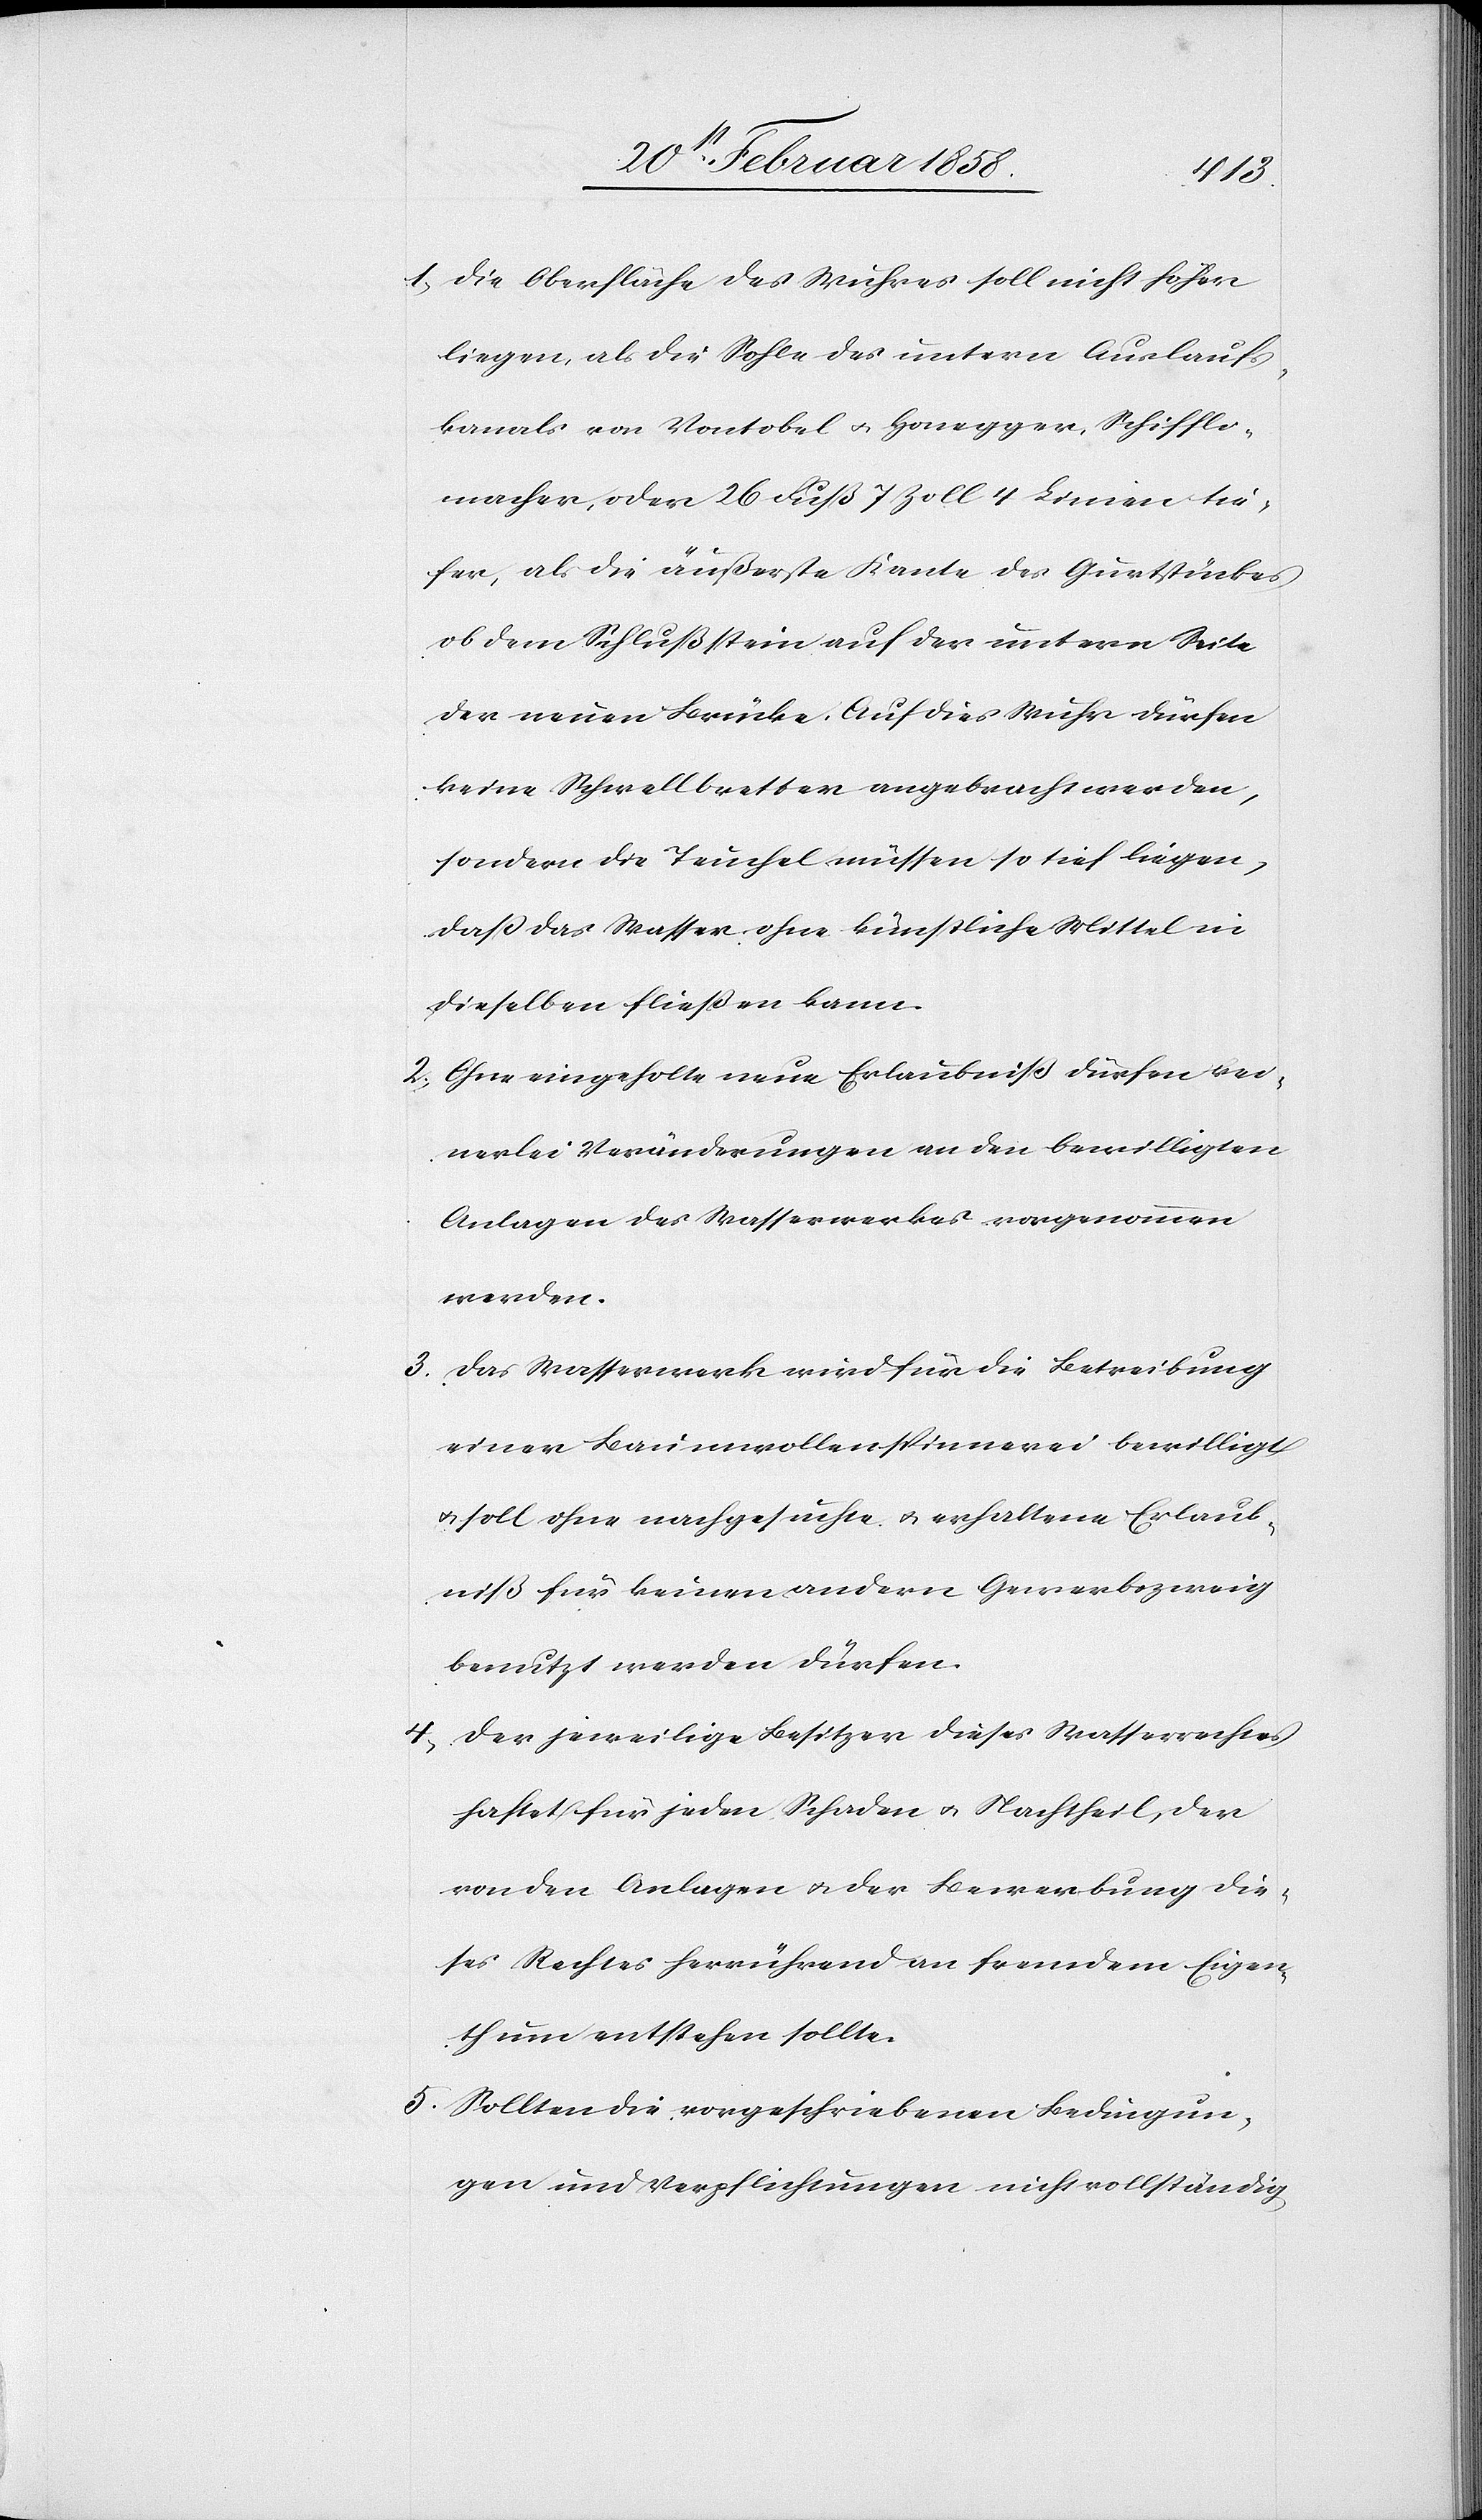
3.

1. Die Oberfläche des Wuhres soll nicht höher
liegen, als die Sohle des untern Auslaufs¬
kanals von Vontobel u. Honegger, Schiffli¬
macher, oder 26 Fuß 7 Zoll 4 Linien tie¬
fer, als die äußerste Kante des Gurtstückes
ob dem Schlußstein auf der untern Seite
der neuen Brücke. Auf dies Wuhr dürfen
keine Schwellbretter angebracht werden,
sondern die Teuchel müssen so tief liegen,
daß das Wasser ohne künstliche Mittel in
dieselben fließen kann.
2. Ohne eingeholte neue Erlaubniß dürfen kei¬
nerlei Veränderungen an den bewilligten
Anlagen des Wasserwerkes vorgenommen
werden.
Das Wasserwerk wird für die Betreibung
einer Baumwollenspinnerei bewilligt
u. soll ohne nachgesuchte u. erhaltene Erlaub¬
niß für keinen andern Gewerbszweig
benutzt werden dürfen.
4. Der jeweilige Besitzer dieses Wasserrechtes
haftet für jeden Schaden u. Nachtheil, der
von den Anlagen u. der Bewerbung die¬
ses Rechtes herrührend an fremdem Eigen¬
thum entstehen sollte.
5. Sollten die vorgeschriebenen Bedingun¬
gen und Verpflichtungen nicht vollständig